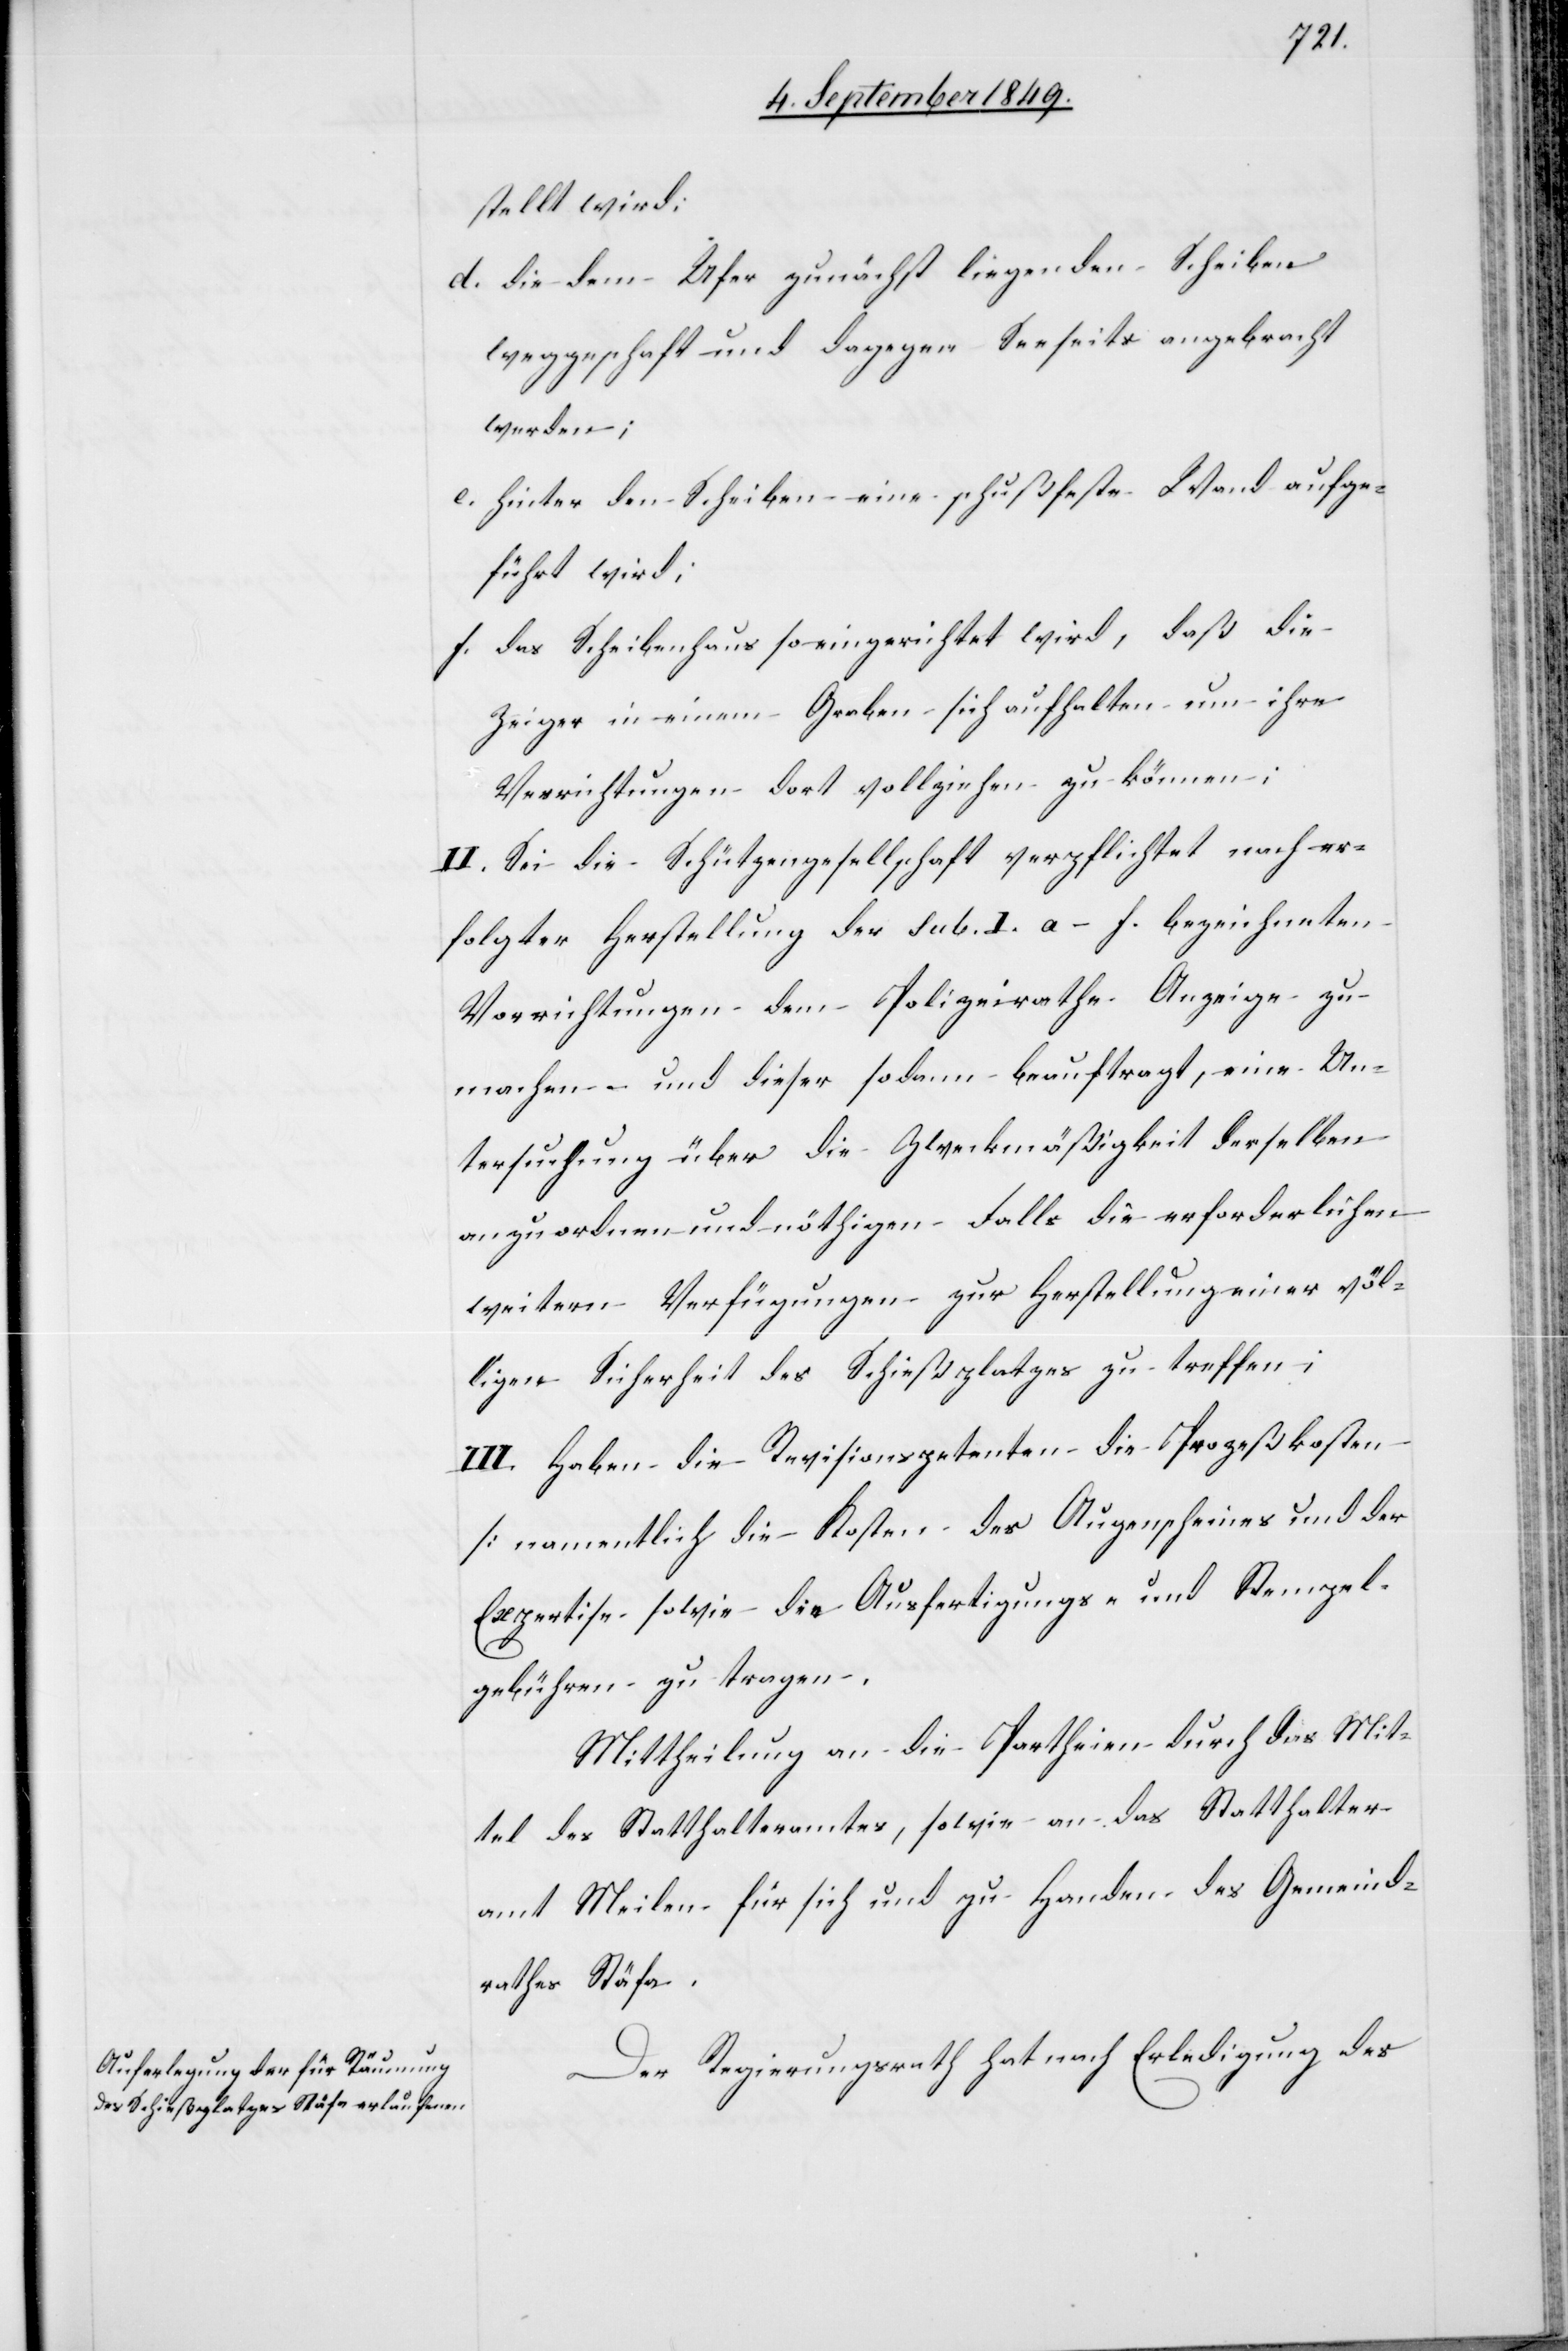
stellt wird:
d. die dem Ufer zunächst liegenden Scheiben
weggeschaft und dagegen Seeseits angebracht
werden;
e. hinter den Scheiben eine schußfeste Wand aufge¬
führt wird;
f. das Scheibenhaus so eingerichtet wird, daß die
Zeiger in einem Graben sich aufhalten um ihre
Verrichtungen dort vollziehen zu können;
II. Sei die Schützengesellschaft verpflichtet nach er¬
folgter Herstellung der sub. I. a–f. bezeichneten
Vorrichtungen dem Polizeirathe Anzeige zu
machen und dieser sodann beauftragt, eine Un¬
tersuchung über die Zweckmäßigkeit derselben
anzuordnen und nöthigen Falls die erforderlichen
weitern Verfügungen zur Herstellung einer völ¬
ligen Sicherheit des Schießplatzes zu treffen;
III. Haben die Revisionspetenten die Prozeßkosten
[namentlich die Kosten des Augenscheins und der
Expertise[]] sowie die Ausfertigungs- und Stempel¬
gebühren zu tragen.
Mittheilung an die Partheien durch das Mit¬
tel des Statthalteramtes, sowie an das Statthalter¬
amt Meilen für sich und zu Handen des Gemeind¬
rathes Stäfa.
Der Regierungsrath hat nach Erledigung des